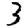
Digit: 3